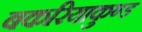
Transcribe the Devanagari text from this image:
बकरियाकुण्ड